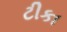
ટીકા